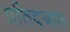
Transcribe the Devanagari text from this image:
प्रतिदबाव